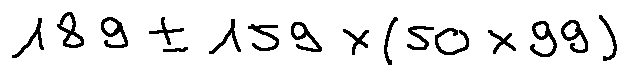
1 8 9 \pm 1 5 9 \times ( 5 0 \times 9 9 )